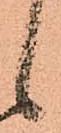
候